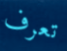
تعرف